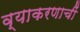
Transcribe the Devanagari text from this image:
व्याकरणाचीं